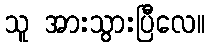
သူ အားသွားပြီလေ။